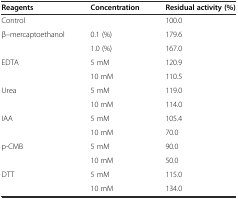
<table><thead><tr><td><b>Reagents</b></td><td><b>Concentration</b></td><td><b>Residual activity (%)</b></td></tr></thead><tbody><tr><td>Control</td><td></td><td>100.0</td></tr><tr><td rowspan="2">β–mercaptoethanol</td><td>0.1 (%)</td><td>179.6</td></tr><tr><td>1.0 (%)</td><td>167.0</td></tr><tr><td rowspan="2">EDTA</td><td>5 mM</td><td>120.9</td></tr><tr><td>10 mM</td><td>110.5</td></tr><tr><td rowspan="2">Urea</td><td>5 mM</td><td>119.0</td></tr><tr><td>10 mM</td><td>114.0</td></tr><tr><td rowspan="2">IAA</td><td>5 mM</td><td>105.4</td></tr><tr><td>10 mM</td><td>70.0</td></tr><tr><td rowspan="2">p-CMB</td><td>5 mM</td><td>90.0</td></tr><tr><td>10 mM</td><td>50.0</td></tr><tr><td rowspan="2">DTT</td><td>5 mM</td><td>115.0</td></tr><tr><td>10 mM</td><td>134.0</td></tr></tbody></table>